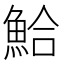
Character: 鮯